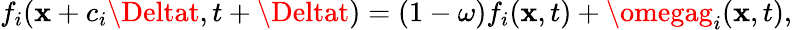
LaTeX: f_{i}(\mathbf{x}+c_{i}\Deltat,t+\Deltat)=(1-\omega)f_{i}(\mathbf{x},t)+\omegag_{i}(\mathbf{x},t),